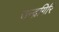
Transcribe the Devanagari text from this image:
चन्द्रगिरि